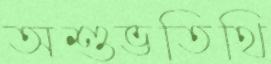
অশুভতিথি